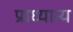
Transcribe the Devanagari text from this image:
प्राध्यान्य